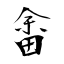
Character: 畬